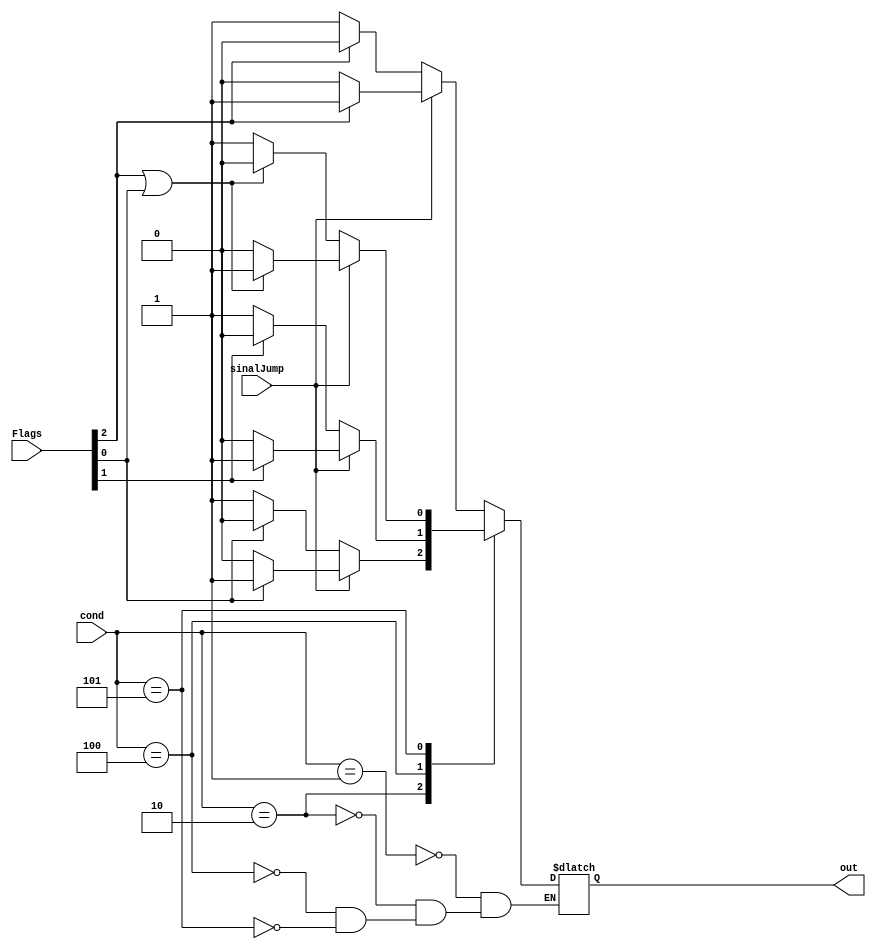
module TestadorFlag( cond, Flags, sinalJump, out ); 

input  sinalJump; 
input [3:0] Flags;        //z, c, s, o
input [2:0] cond;         //condio a ser testada
output reg out;

always 

case (cond)
  3'b001: begin  //condio neg
    if(sinalJump)begin   //se jump true
      if(Flags[2])
        out = 1'b1;
        
        //faz jump
      else 
        //no faz jump
        out = 1'b0;
    end
    else begin
      if(Flags[2])
        //no faz jump
        out = 1'b0;
      else 
        //faz jump
        out = 1'b1;
    end
  end
  
  
  
  3'b010: begin  //condio zero
    if(sinalJump)begin   //se jump true
      if(Flags[0])
        out = 1'b1;
        
        //faz jump
      else 
        //no faz jump
        out = 1'b0;
    end
    else begin
      if(Flags[0])
        //no faz jump
        out = 1'b0;
      else 
        //faz jump
        out = 1'b1;
    end
  end
  
  
  3'b100: begin  //condio carry
    if(sinalJump)begin   //se jump true
      if(Flags[1])
        out = 1'b1;
        
        //faz jump
      else 
        //no faz jump
        out = 1'b0;
    end
    else begin
      if(Flags[1])
        //no faz jump
        out = 1'b0;
      else 
        //faz jump
        out = 1'b1;
    end
  end
  
 
  
  
3'b101: begin  //condio negzerro
    if(sinalJump)begin   //se jump true
      if(Flags[2] || Flags[0])
        out = 1'b1;
        
        //faz jump
      else 
        //no faz jump
        out = 1'b0;
    end
    else begin
      if(Flags[2]  || Flags[0])
        //no faz jump
        out = 1'b0;
      else 
        //faz jump
        out = 1'b1;
    end
  end

3'b001: begin  //condio True
    if(sinalJump)begin   //se jump true
      
        out = 1'b0;
        
        //faz jump
    end
      else 
       
        out = 1'b1;
    end
    
    
3'b101: begin  //condio overflow
    if(sinalJump)begin   //se jump true
      if(Flags[3])
        out = 1'b1;
        
        //faz jump
      else 
        //no faz jump
        out = 1'b0;
    end
    else begin
      if(Flags[3])
        //no faz jump
        out = 1'b0;
      else 
        //faz jump
        out = 1'b1;
    end
  end




endcase 
 
 endmodule